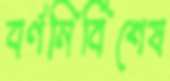
বর্ণনির্বিশেষ